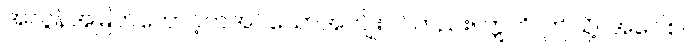
အလွန်အမြတ်တောင့်တအပ်သောအကျိုးပင်တည်း။ ဣတိ၊ ဤသို့။ အဝေါစ၊